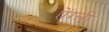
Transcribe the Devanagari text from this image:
ऐंग्ली